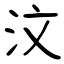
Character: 汶